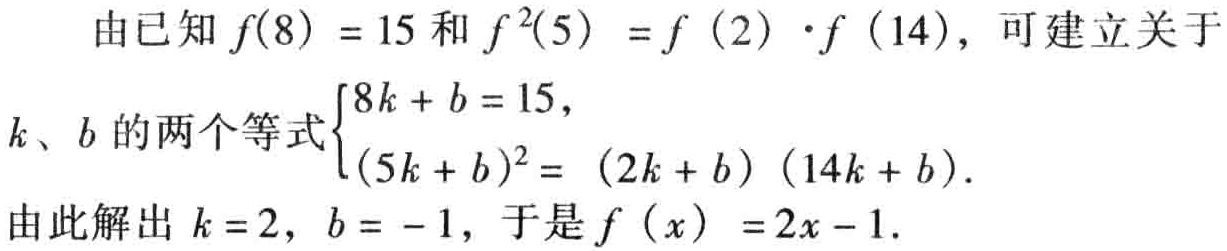
由已知 \(f(8)=15\) 和 \(f^{2}(5)=f(2)\cdot f(14)\)，可建立关于
\(k\)、\(b\) 的两个等式\(\begin{cases}8k + b = 15,\\(5k + b)^{2}= (2k + b)(14k + b).\end{cases}\)
由此解出 \(k = 2\)，\(b = - 1\)，于是 \(f(x)=2x - 1\).